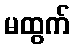
မထွက်